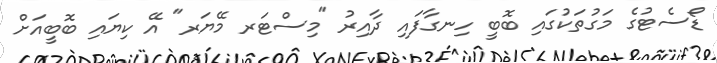
ޑޯސެޓުގެ މަގުތަކުގައި ބޮބީ ހިނގާފައި ދާއިރު "މިސްޓަރ މޭޔަރ" އޭ ކިޔައި ބޮބީއަށް